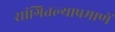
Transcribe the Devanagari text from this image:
सांगितल्याप्रमाणें